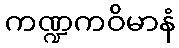
ကဏ္ဍကဝိမာနံ